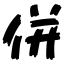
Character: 併